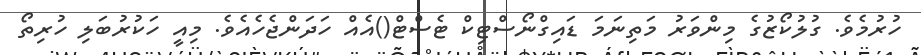
ހުރުމެވެ. ގުލުކޯޒުގެ މިންވަރު މަތިނަމަ ޑައިގްނޯސްޓިކް ޓެސްޓް()އެއް ހަދަންޖެހެއެވެ. މިއީ ހަކުރުބަލި ހުރިތޯ